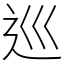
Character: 巡